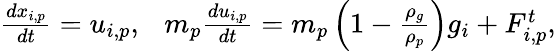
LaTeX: \begin{array}{r}{\frac{dx_{i,p}}{dt}=u_{i,p},~~~m_{p}\frac{du_{i,p}}{dt}=m_{p}\left(1-\frac{\rho_{g}}{\rho_{p}}\right)g_{i}+F_{i,p}^{t},}\end{array}